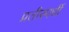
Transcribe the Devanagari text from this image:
प्रतीस्पर्धी